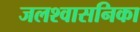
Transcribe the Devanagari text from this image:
जलश्वासनिका